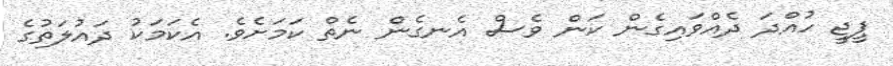
ޕީޖީ ހުއްދަ ދެއްވައިގެން ކަން ވެސް އެނގެން ނެތް ކަމަށެވެ. އެކަމަކު ދައުލަތުގެ